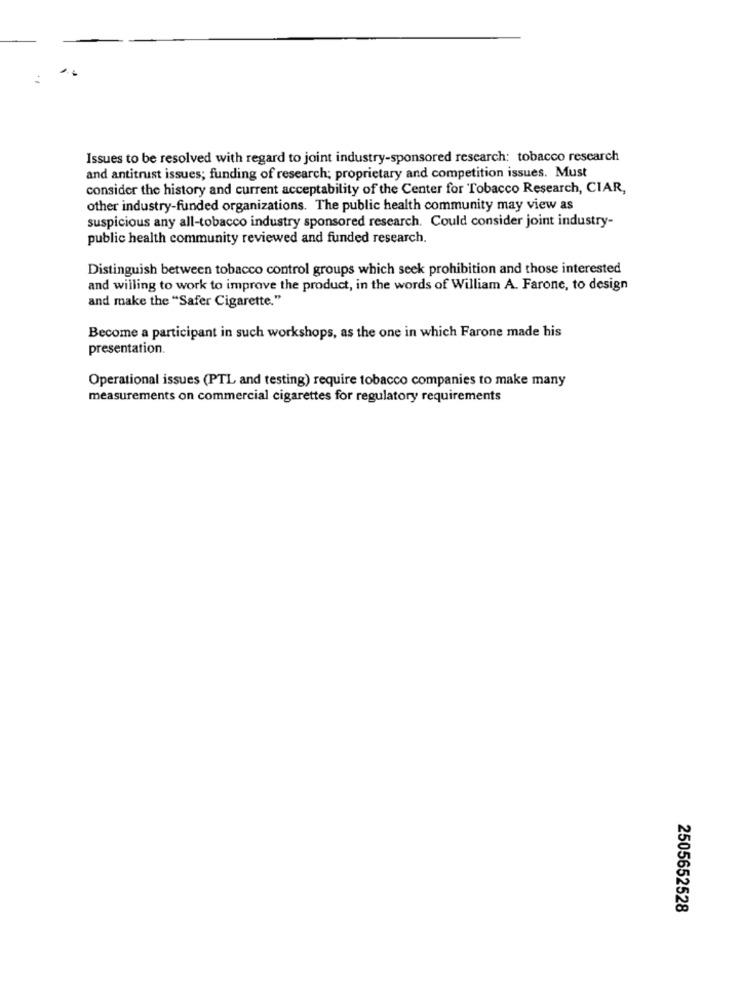
Issues to be resolved with regard to joint industry-sponsored research: tobacco research
and antitrust issues; funding of research; proprietary and competition issues. Must
consider the history and current acceptability of the Center for Tobacco Research, CIAR,
other industry-funded organizations. The public health community may view as
suspicious any all-tobacco industry sponsored research. Could consider joint industry-
public health community reviewed and funded research.
Distinguish between tobacco control groups which seek prohibition and those interested
and willing to work to improve the product, in the words of William A. Farone, to design
and make the "Safer Cigarette."
Become a participant in such workshops, as the one in which Farone made his
presentation.
Operational issues (PTL and testing) require tobacco companies to make many
measurements on commercial cigarettes for regulatory requirements
2505652528